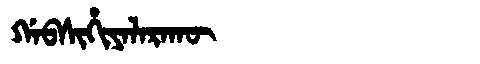
Manchu: ᡤᠠᠪᠰᡳᡥᡳᠶᠠᠯᠠᡵᠠᡴᡡ
Romanization: GABSIHIYALARAKŪ